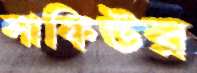
সাফিউর